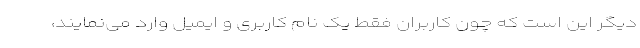
دیگر این است که چون کاربران فقط یک نام کاربری و ایمیل وارد می‌نمایند،